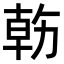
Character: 𠢇